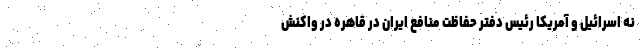
نه اسرائیل و آمریکا رئیس دفتر حفاظت منافع ایران در قاهره در واکنش